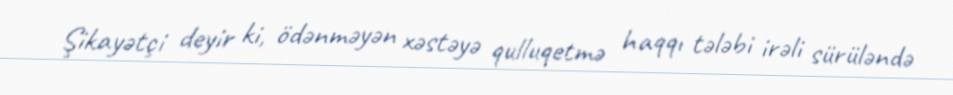
Şikayətçi deyir ki, ödənməyən xəstəyə qulluqetmə haqqı tələbi irəli sürüləndə